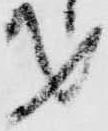
才